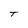
Character: T